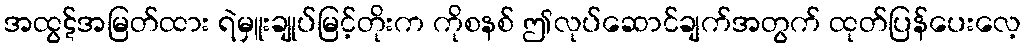
အထွဋ်အမြတ်ထား ရဲမှူးချုပ်မြင့်တိုးက ကိုစနစ် ဤလုပ်ဆောင်ချက်အတွက် ထုတ်ပြန်ပေးလေ့